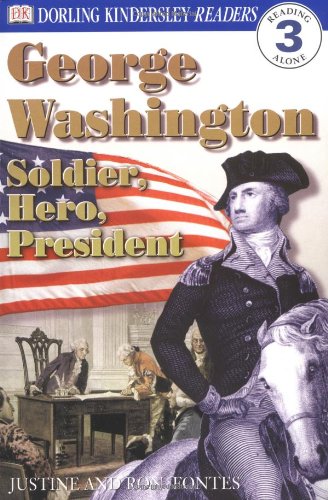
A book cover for George Washington -- Soldier, Hero, President (DK Readers, Level 3: Reading Alone); DK Publishing; Children's Books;